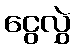
ငွေလွှဲ